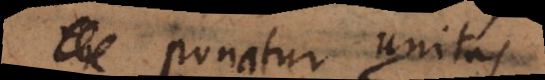
ponatur unitas